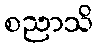
စညာသိ